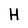
Character: H